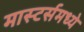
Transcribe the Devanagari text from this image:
मास्टर्समध्ये